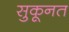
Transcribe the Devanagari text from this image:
सुकूनत